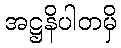
အဋ္ဌနိပါတမှိ